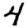
Digit: 4